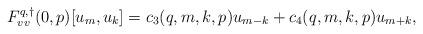
LaTeX: \begin{align*}F^{q,\dagger}_{vv}(0,p)[u_m, u_k] &= c_3(q,m,k,p) u_{m-k} + c_4(q,m,k,p) u_{m+k},\end{align*}